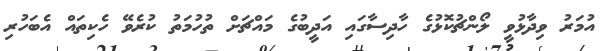
އުމަރު ވިދާޅުވީ ލޯންޗުކޮޅުގެ ހާދިސާގައި އަދީބުގެ މައްޗަށް ތުހުމަތު ކުރެވޭ ހެކިތައް އެބަހުރި